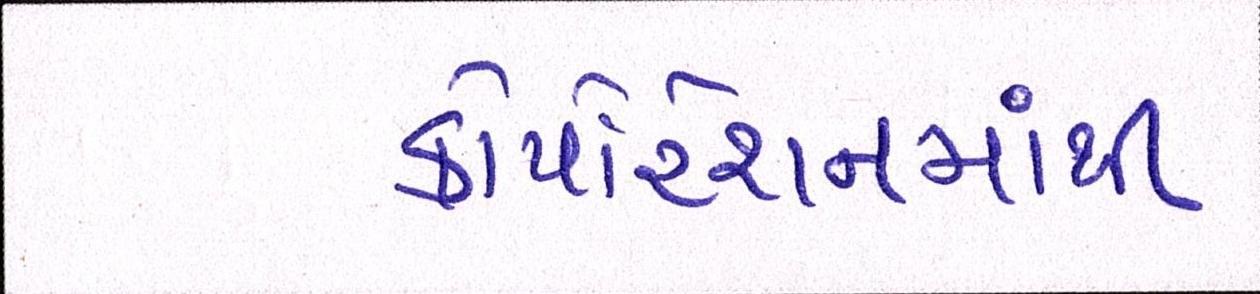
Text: કોર્પોરેશનમાંથી